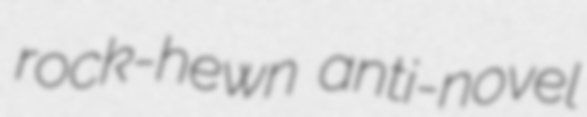
rock-hewn anti-novel